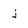
Character: j